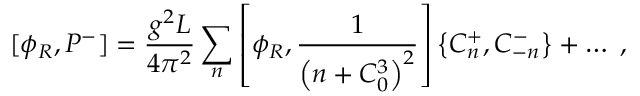
[ \phi _ { R } , P ^ { - } ] = { \frac { g ^ { 2 } L } { 4 \pi ^ { 2 } } } \sum _ { n } \left[ \phi _ { R } , { \frac { 1 } { \left( n + C _ { 0 } ^ { 3 } \right) ^ { 2 } } } \right] \left\{ C _ { n } ^ { + } , C _ { - n } ^ { - } \right\} + \dots \; ,